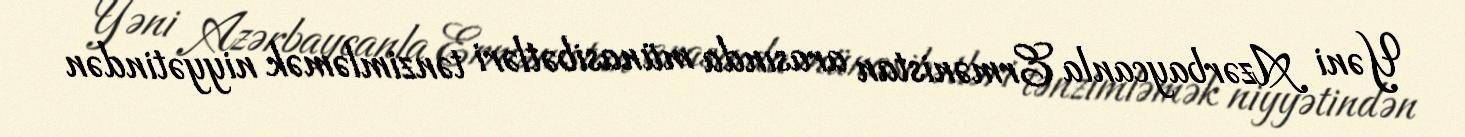
Yəni Azərbaycanla Ermənistan arasında münasibətləri tənzimləmək niyyətindən